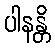
ပါနန္တိ